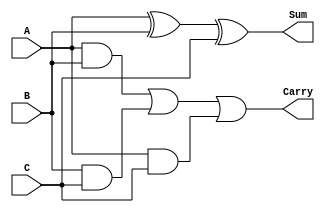
module full_adder (
    input wire A,
    input wire B,
    input wire C,
    output wire Sum,
    output wire Carry
);
    assign Sum = A ^ B ^ C; // Sum output
    assign Carry = (A & B) | (B & C) | (A & C); // Carry output
endmodule